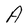
Character: A